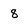
Character: 8